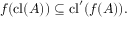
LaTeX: f ( \mathrm { c l } ( A ) ) \subseteq \mathrm { c l } ^ { \prime } ( f ( A ) ) .